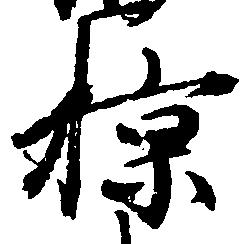
掠